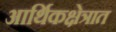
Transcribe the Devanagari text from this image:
आर्थिकक्षेत्रात